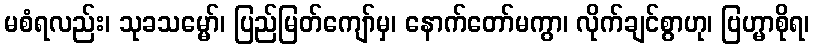
မစံရလည်း၊ သုခသမ္မော်၊ ပြည်မြတ်ကျော်မှ၊ နောက်တော်မကွာ၊ လိုက်ချင်စွာဟု၊ ဗြဟ္မာစိုရ၊